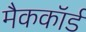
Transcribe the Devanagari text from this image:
मैककॉर्ड